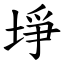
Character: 埩